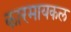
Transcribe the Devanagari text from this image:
कारमायकल